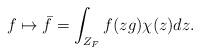
LaTeX: \begin{align*}f \mapsto \bar{f} = \int_{Z_{F}} f(zg)\chi(z) dz.\end{align*}